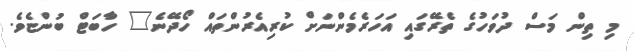
މި ތިން މަސް ދުވަހުގެ ތެރޭގައި އަހަރެމެންނަށް ކުރިއެރުންތައް ހޯދޭނެ" ހާބަޓް ބުންޏެވެ.